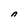
Character: n